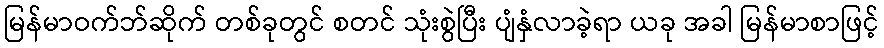
မြန်မာဝက်ဘ်ဆိုက် တစ်ခုတွင် စတင် သုံးစွဲပြီး ပျံနှံလာခဲ့ရာ ယခု အခါ မြန်မာစာဖြင့်